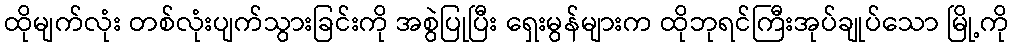
ထိုမျက်လုံး တစ်လုံးပျက်သွားခြင်းကို အစွဲပြုပြီး ရှေးမွန်များက ထိုဘုရင်ကြီးအုပ်ချုပ်သော မြို့ကို